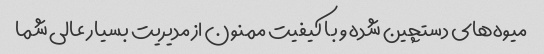
میوه‌های دستچین شده و با کیفیت ممنون از مدیریت بسیار عالی شما